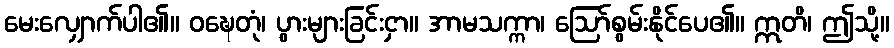
မေးလျှောက်ပါ၏။ ဝဍ္ဎေတုံ၊ ပွားများခြင်းငှာ။ အာမသက္ကာ၊ ဩော်စွမ်းနိုင်ပေ၏။ ဣတိ၊ ဤသို့။